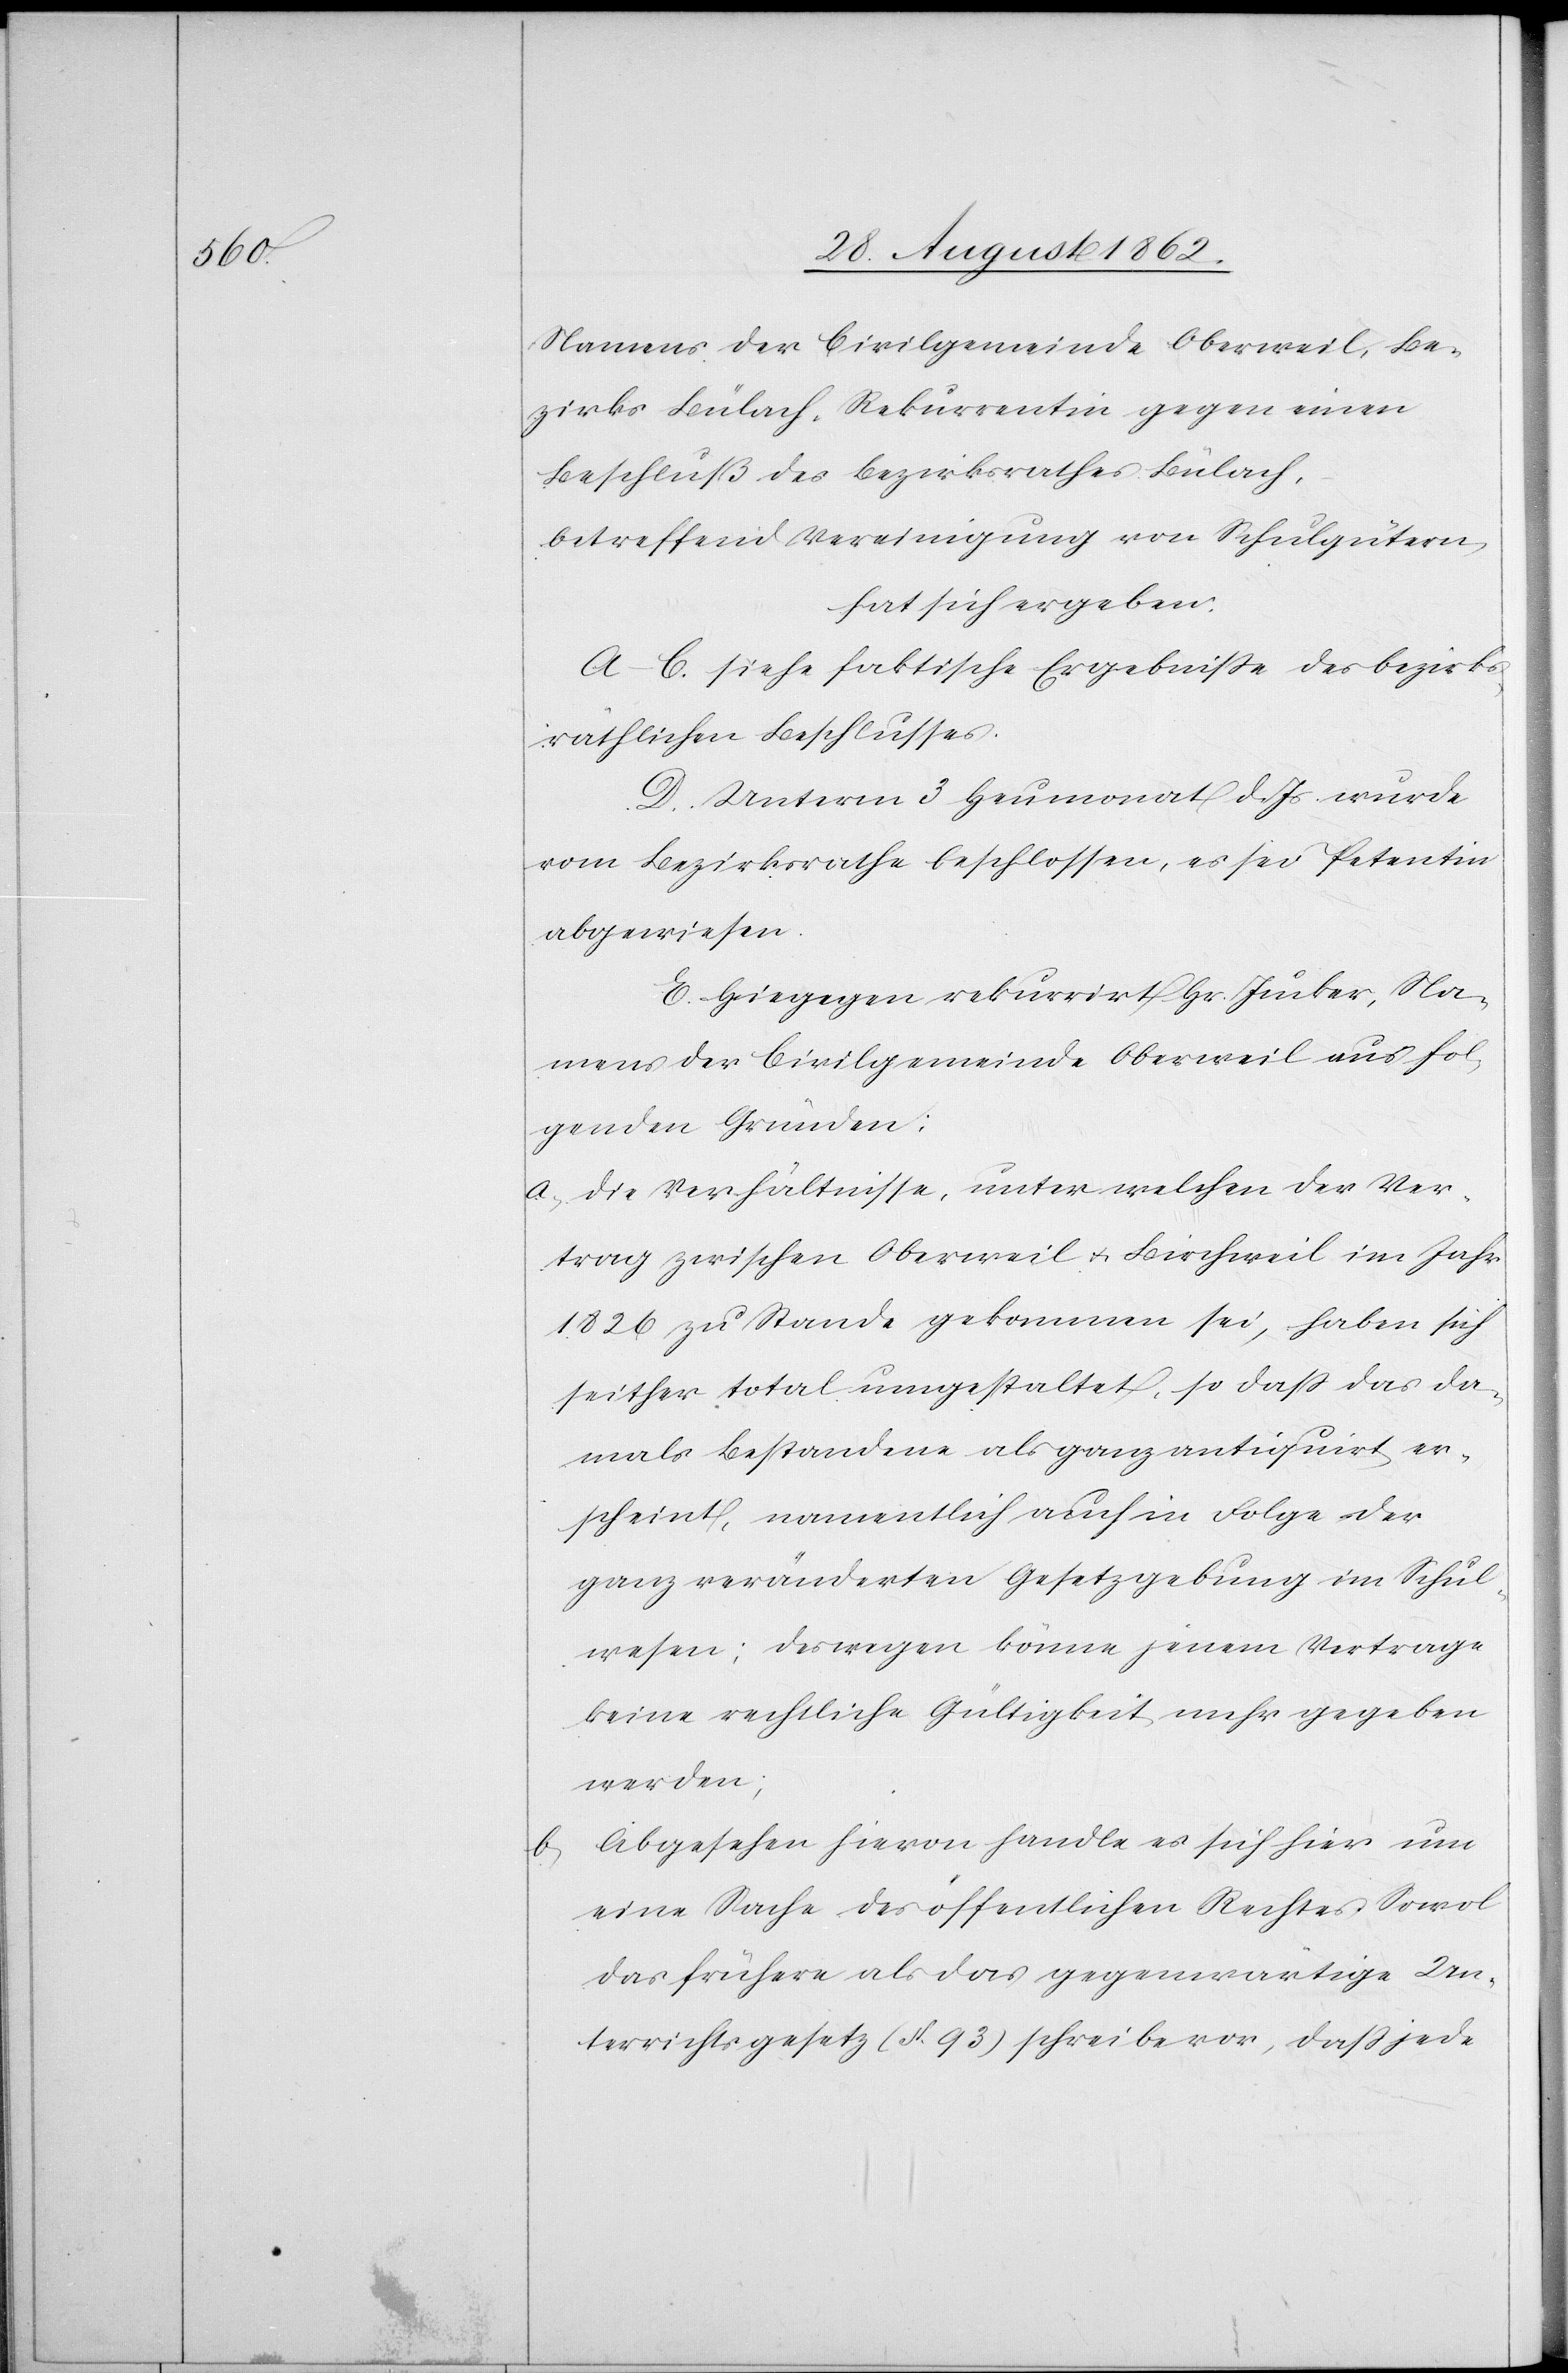
Namens der Civilgemeinde Oberweil, Be¬
zirks Bülach, Rekurrentin gegen einen
Beschluß des Bezirksrathes Bülach,
betreffend Vereinigung von Schulgütern,
hat sich ergeben:
A–C. siehe faktische Ergebnisse des bezirks¬
räthlichen Beschlusses.
D. Unterm 3. Heumonat d. Js. wurde
vom Bezirksrathe beschlossen, es sei Petentin
abgewiesen.
E. Hiegegen rekurrirt Hr. Jucker, Na¬
mens der Civilgemeinde Oberweil aus fol¬
genden Gründen:
a. Die Verhältnisse, unter welchen der Ver¬
trag zwischen Oberweil u. Birchweil im Jahr
1826 zu Stande gekommen sei, haben sich
seither total umgestaltet, so daß das da¬
mals bestandene als ganz antiquirt er¬
scheint, namentlich auch in Folge der
ganz veränderten Gesetzgebung im Schul¬
wesen; deswegen könne jenem Vertrage
keine rechtliche Gültigkeit mehr gegeben
werden;
Abgesehen hievon handle es sich hier um
eine Sache des öffentlichen Rechtes. Sowol
das frühere als das gegenwärtige Un¬
terrichtsgesetz (§. 93) schreibe vor, daß jede